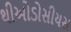
થીઓડોસીયસ